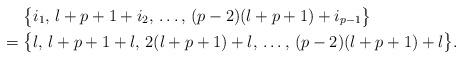
LaTeX: \begin{align*}&\bigl\{i_1,\, l+p+1+i_2,\, \dots,\, (p-2)(l+p+1)+i_{p-1}\bigr\}\cr=\;&\bigl\{l,\, l+p+1+l,\, 2(l+p+1)+l,\, \dots,\, (p-2)(l+p+1)+l\bigr\}.\end{align*}